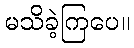
မသိခဲ့ကြပေ။